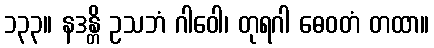
၁၃၃။ နဒန္တိ ဥသဘံ ဂါဝေါ၊ တုရဂါ ဓေဝတံ တထာ။